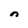
Character: n